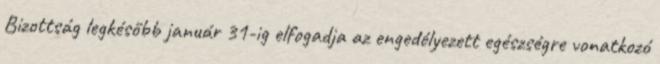
Bizottság legkésőbb január 31-ig elfogadja az engedélyezett egészségre vonatkozó